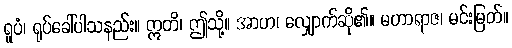
ရူပံ၊ ရုပ်ခေါ်ပါသနည်း။ ဣတိ၊ ဤသို့။ အာဟ၊ လျှောက်ဆို၏။ မဟာရာဇ၊ မင်းမြတ်။